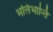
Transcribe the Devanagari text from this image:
भलिभान्ति